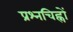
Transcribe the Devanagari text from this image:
प्रश्नचिह्नों